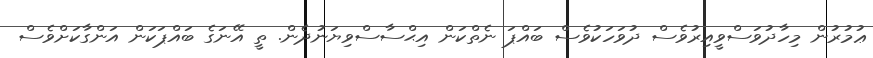
ޢުމުރުން މިހާދުވަސްވީއިރުވެސް ދުވަހަކުވެސް ބައްޕަ ނެތްކަން އިޙްސާސްވިޔަނުދެން. ތީ އޭނަގެ ބައްޕަކަން އަންގާކަށްވެސް